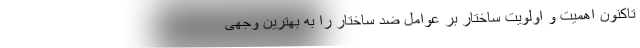
تاکنون اهمیت و اولویت ساختار بر عوامل ضد ساختار را به بهترین وجهی